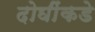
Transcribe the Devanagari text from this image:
दोघींकडे